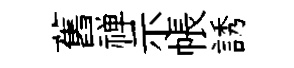
舊禅示帳誘